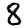
Digit: 8